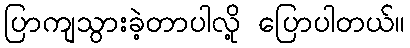
ပြာကျသွားခဲ့တာပါလို့ ပြောပါတယ်။